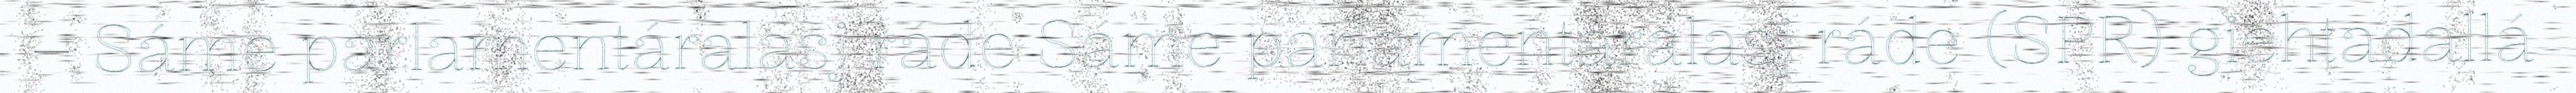
– Sáme parlamentáralasj ráde Sáme parlamentáralasj ráde (SPR) giehtadallá